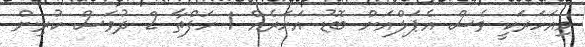
މިއަހަރަކީ ވެސް އެޕަލްއަށް ބޮޑު އަހަރެއް 1 ހަފްތާ 2 ދުވަސް ކުރިން